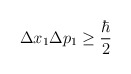
\begin{align*}\Delta x_1\Delta p_1\geq \frac{\hbar}{2}\end{align*}